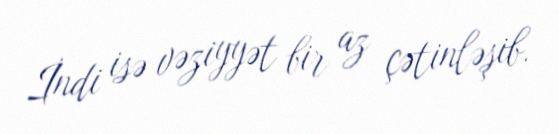
İndi isə vəziyyət bir az çətinləşib.